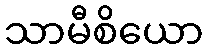
သာမီစိယော